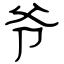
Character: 爷